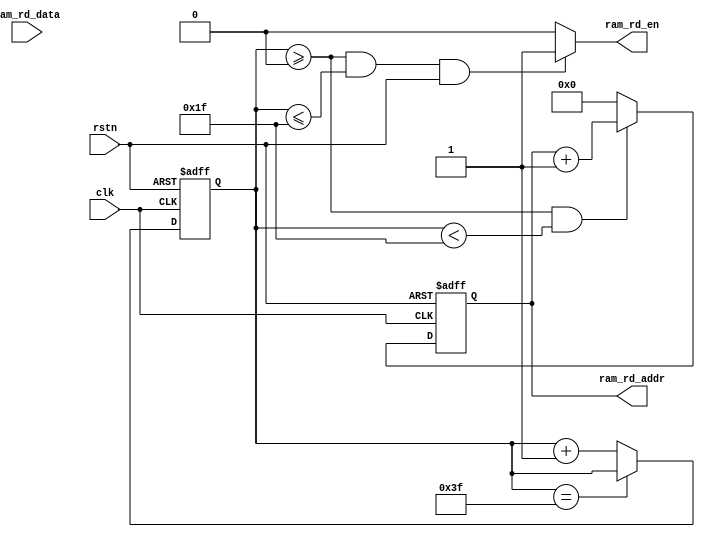
//===============================================
//
//	Version: v1.0
//
// 	This file is used to read for RAM.
//
//===============================================

module ram_rd
(
	input							clk,
	input							rstn,

	output						ram_rd_en,
	output reg [ 4:0]	ram_rd_addr,
	input      [ 7:0]	ram_rd_data
);

// Counter for data
reg [ 5:0]					ram_rd_cnt;

// Data valid in 0~31
assign ram_rd_en = ((ram_rd_cnt >= 6'd0) && (ram_rd_cnt <= 6'd31) && rstn) ? 1'b1 : 1'b0;

// Read ram in 0~31
always @(posedge clk or negedge rstn)
begin
	if(!rstn)
		ram_rd_cnt <= 6'd0;
	else if(ram_rd_cnt == 6'd63)
		ram_rd_cnt <= ram_rd_cnt;
	else
		ram_rd_cnt <= ram_rd_cnt + 1'b1;
end

// RAM addr signal
always @(posedge clk or negedge rstn)
begin
	if(!rstn)
		ram_rd_addr <= 5'd0;
	else if(ram_rd_cnt >= 6'd0 && ram_rd_cnt < 6'd31)
		ram_rd_addr <= ram_rd_addr + 1'b1;
	else
		ram_rd_addr <= 5'd0;
end

endmodule